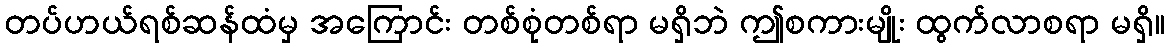
တပ်ဟယ်ရစ်ဆန်ထံမှ အကြောင်း တစ်စုံတစ်ရာ မရှိဘဲ ဤစကားမျိုး ထွက်လာစရာ မရှိ။